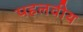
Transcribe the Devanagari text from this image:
पहलवीय